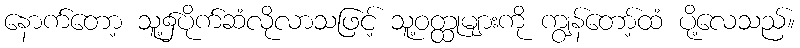
နောက်တော့ သူ့၌ပိုက်ဆံလိုလာသဖြင့် သူ့ဝတ္ထုများကို ကျွန်တော့်ထံ ပို့လေသည်။